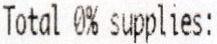
TOTAL 0% SUPPLIES: